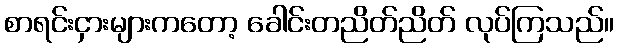
စာရင်းငှားများကတော့ ခေါင်းတညိတ်ညိတ် လုပ်ကြသည်။